Rangoon Lunatic Asylum 1878-1892 - 1878-1892
Year: 1878
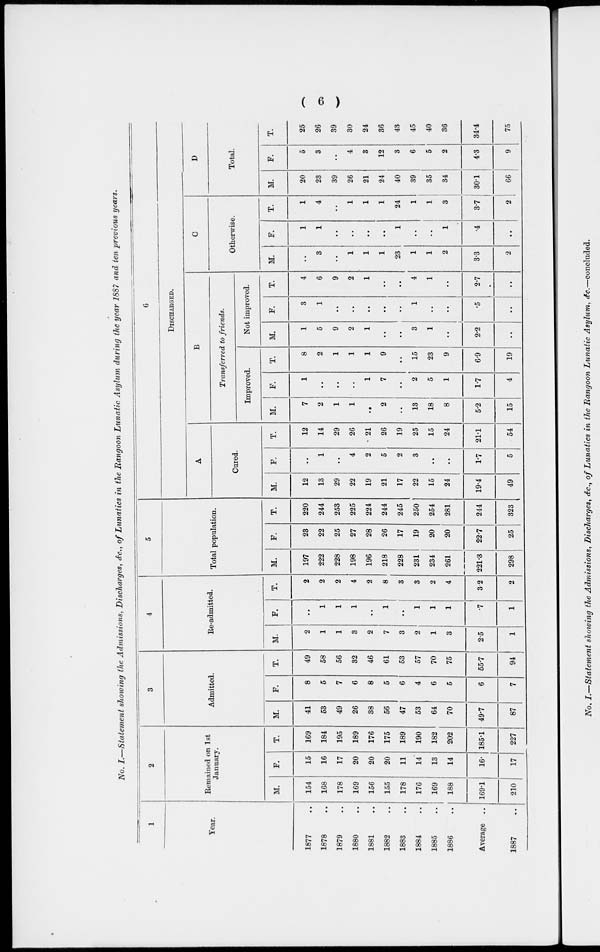
( 6 )
No. I.—Statement showing the Admissions, Discharges, &c., of Lunatics in the Rangoon Lunatic Asylum during the year 1887 and ten previous years.
1
Year.
1877 ..
1878 ..
1879 ..
1880 ..
1881 ..
1882 ..
1883 ..
1884 ..
1885
..
1886 ..
Average ..
1887 ..
2
Remained on 1st
January.
M.
154
168
178
169
156
155
178
176
169
188
169.1
210
F.
15
16
17
20
20
20
11
14
13
14
16.
17
T.
169
184
195
189
176
175
189
190
182
202
185.1
227
3
Admitted.
M.
41
53
49
26
38
56
47
53
64
70
49.7
87
F.
8
5
7
6
8
5
6
4
6
5
6
7
T.
49
58
56
32
46
61
53
57
70
75
55.7
94
4
Re-admitted.
M.
2
1
1
3
2
7
3
2
1
3
2.5
1
F.
..
1
1
1
..
1
..
1
1
1
.7
1
T.
2
2
2
4
2
8
3
3
2
4
3.2
2
5
Total population.
M.
197
222
228
198
196
218
228
231
234
261
221.3
298
F.
23
22
25
27
28
26
17
19
20
20
22.7
25
T.
220
244
253
225
224
244
245
250
254
281
244
323
6
DISCHARGED.
A
Cured.
M.
12
13
29
22
19
21
17
22
15
24
19.4
49
F.
..
1
..
4
2
5
2
3
..
..
1.7
5
T.
12
14
29
26
21
26
19
25
15
24
21.1
54
B
Transferred to friends.
Improved.
M.
7
2
1
1
..
2
..
13
18
8
5.2
15
F.
1
..
..
..
1
7
..
2
5
1
1.7
4
T.
8
2
1
1
1
9
..
15
23
9
6.9
19
Not improved.
M.
1
5
9
2
1
..
..
3
1
..
2.2
..
F.
3
1
..
..
..
..
..
1
..
..
.5
..
T.
4
6
9
2
1
..
..
4
1
..
2.7
..
C
Otherwise.
M.
..
3
..
1
1
1
23
1
1
2
3.3
2
F.
1
1
..
..
..
..
1
..
..
1
.4
..
T.
1
4
..
1
1
1
24
1
1
3
3.7
2
D
Total.
M.
20
23
39
26
21
24
40
39
35
34
30.1
66
F.
5
3
..
4
3
12
3
6
5
2
4.3
9
T.
25
26
39
30
24
36
43
45
40
36
34.4
75